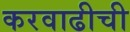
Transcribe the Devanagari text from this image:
करवाढीची